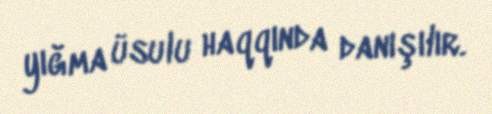
yığma üsulu haqqında danışılır.